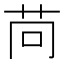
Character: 苘